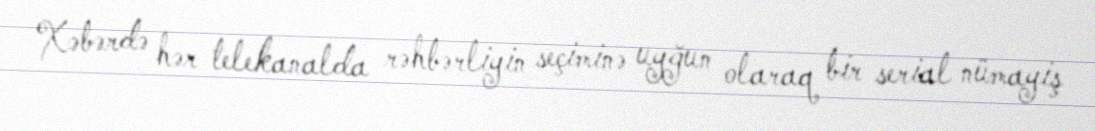
Xəbərdə hər telekanalda rəhbərliyin seçiminə uyğun olaraq bir serial nümayiş